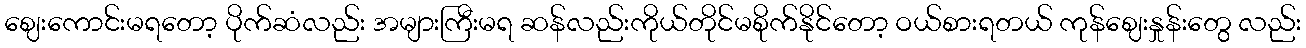
ဈေးကောင်းမရတော့ ပိုက်ဆံလည်း အများကြီးမရ ဆန်လည်းကိုယ်တိုင်မစိုက်နိုင်တော့ ဝယ်စားရတယ် ကုန်ဈေးနှုန်းတွေ လည်း